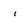
Character: i